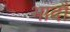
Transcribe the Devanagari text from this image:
भादौ